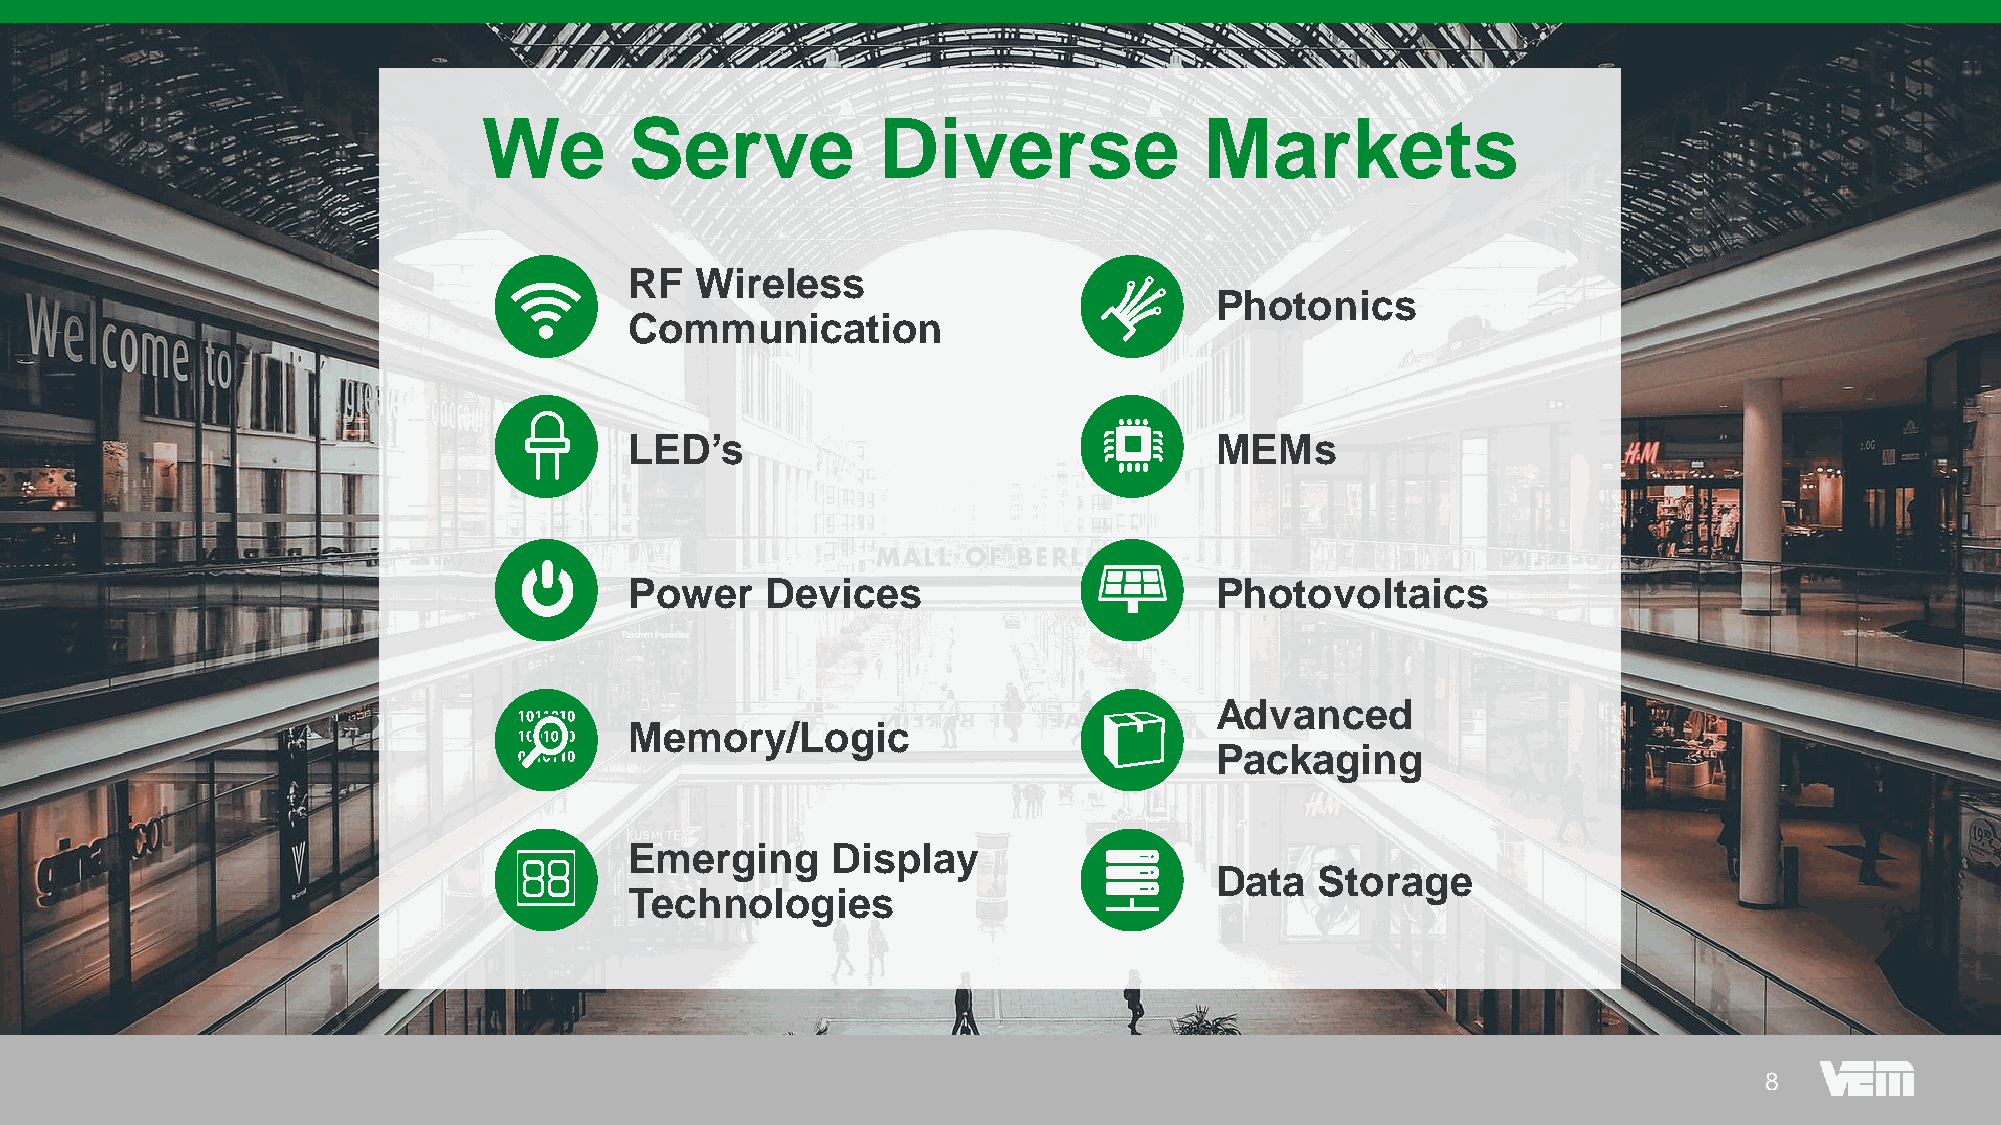
We        Serve           Diverse               Markets
 RF  Wireless
 Photonics
 Communication
 LED’s                                 MEMs
 Power    Devices                      Photovoltaics
 Advanced
 Memory/Logic
 Packaging
 Emerging     Display
 Data   Storage
 Technologies
 88